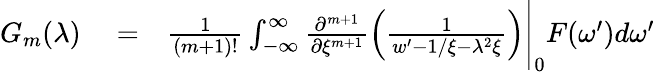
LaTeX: \begin{array}{rlr}{G_{m}(\lambda)}&{{}=}&{\frac{1}{(m+1)!}\int_{-\infty}^{\infty}\frac{\partial^{m+1}}{\partial{\xi^{m+1}}}\left(\frac{1}{w^{\prime}-1/\xi-\lambda^{2}\xi}\right)\Bigg\vert_{0}F(\omega^{\prime})d\omega^{\prime}}\end{array}